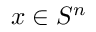
x \in S ^ { n }